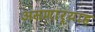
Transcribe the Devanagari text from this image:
असणार्याह